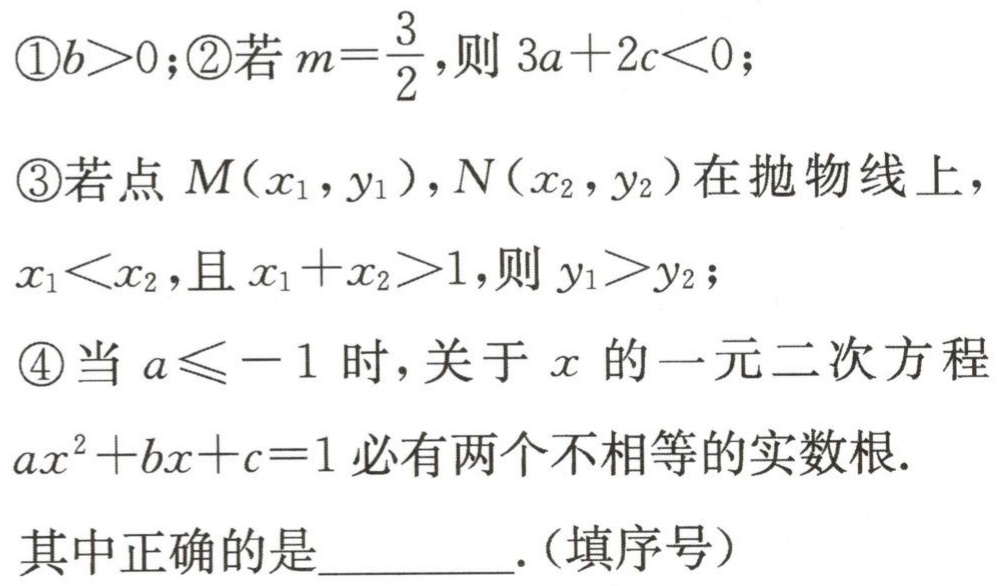
\textcircled{1}\textcircled{2}\textcircled{4}